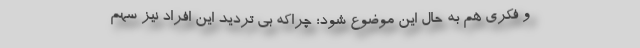
و فکری هم به حال این موضوع شود؛ چراکه بی تردید این افراد نیز سهم